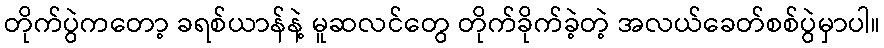
တိုက်ပွဲကတော့ ခရစ်ယာန်နဲ့ မူဆလင်တွေ တိုက်ခိုက်ခဲ့တဲ့ အလယ်ခေတ်စစ်ပွဲမှာပါ။